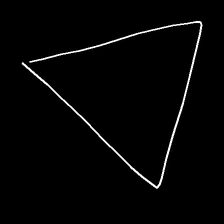
Glyph: convergence